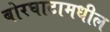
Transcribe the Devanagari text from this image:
बोरघाटामधील